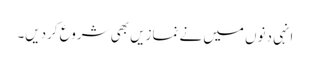
انہی دنوں میں نے نمازیں بھی شروع کردیں۔